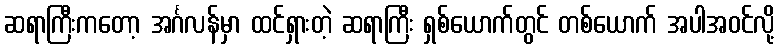
ဆရာကြီးကတော့ အင်္ဂလန်မှာ ထင်ရှားတဲ့ ဆရာကြီး ရှစ်ယောက်တွင် တစ်ယောက် အပါအဝင်လို့